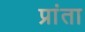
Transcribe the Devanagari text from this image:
प्रांता